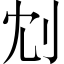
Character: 𠛌